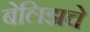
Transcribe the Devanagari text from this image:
बेलिझचे